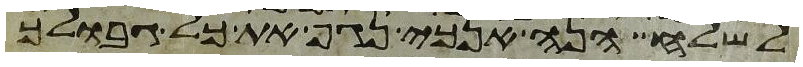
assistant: לשלח הנה אנכי נגף את כל גבולך